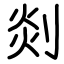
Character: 剡